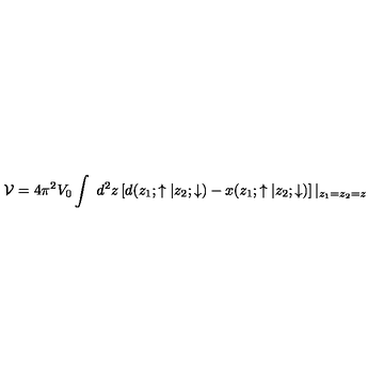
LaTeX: { \cal V } = 4 \pi ^ { 2 } V _ { 0 } \int { { \ d ^ { 2 } z } } \left[ d ( z _ { 1 } ; \uparrow | z _ { 2 } ; \downarrow ) - x ( z _ { 1 } ; \uparrow | z _ { 2 } ; \downarrow ) \right] | _ { z _ { 1 } = z _ { 2 } = z }